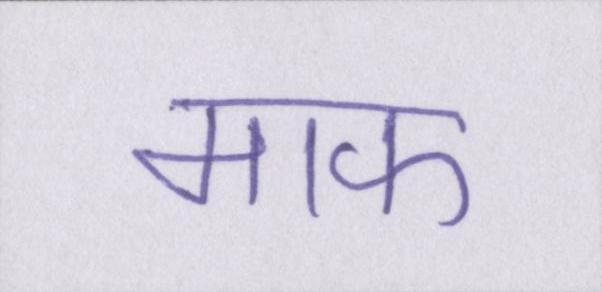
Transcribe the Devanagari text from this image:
माफ